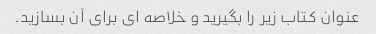
عنوان کتاب زیر را بگیرید و خلاصه ای برای آن بسازید.